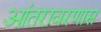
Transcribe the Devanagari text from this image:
आंतरावरणास